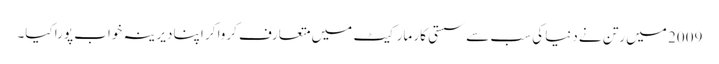
2009 میں رتن نے دنیا کی سب سے سستی کار مارکیٹ میں متعارف کروا کر اپنا دیرینہ خواب پورا کیا۔